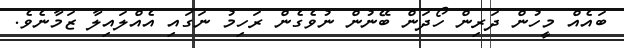
ބައެއް މީހުން ދަރިން ހޯދަން ބޭނުން ނުވެގެން ރަހިމު ނަގައި އެއްލައިލާ ޒަމާނެވެ.